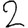
Digit: 2